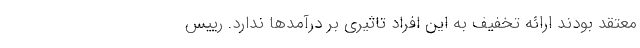
معتقد بودند ارائه تخفیف به این افراد تاثیری بر درآمدها ندارد. رییس